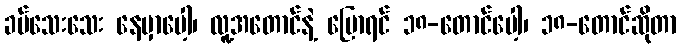
ခပ်သေးသေး နေမှာပေါ့၊ လူ့အတောင်နဲ့ ပြောရင် ၁၈-တောင်ပေါ့၊ ၁၈-တောင်ဆိုတာ